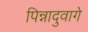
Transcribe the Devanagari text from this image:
पिन्नादुवागे